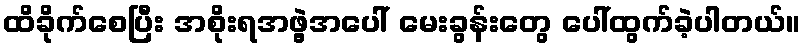
ထိခိုက်စေပြီး အစိုးရအဖွဲ့အပေါ် မေးခွန်းတွေ ပေါ်ထွက်ခဲ့ပါတယ်။